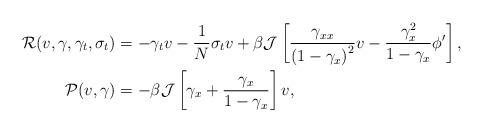
LaTeX: \begin{align*}\mathcal{R}(v,\gamma,\gamma_t,\sigma_t) &= -\gamma_t v -\frac{1}{N}\sigma_t v + \beta\mathcal{J}\left[\frac{\gamma_{xx}}{\left(1-\gamma_x\right)^2} v - \frac{\gamma_x^2}{1-\gamma_x}\phi'\right] ,\\\mathcal{P}(v,\gamma) &= -\beta\mathcal{J}\left[\gamma_x + \frac{\gamma_x}{1-\gamma_x}\right] v,\end{align*}